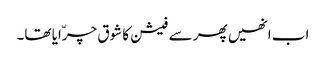
اب انھیں پھر سے فیشن کا شوق چرّایا تھا۔